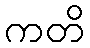
ကတိ